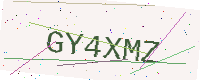
Text: GY4XMZ